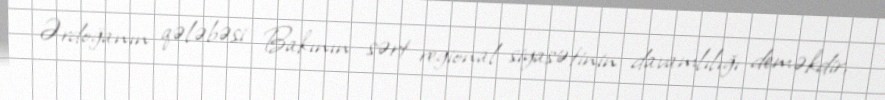
Ərdoğanın qələbəsi Bakının sərt regional siyasətinin davamlılığı deməkdir,